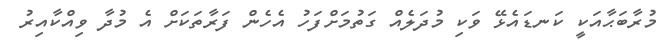
މުރާބަޙާއަކީ ކަނޑައެޅޭ ވަކި މުދަލެއް ގަތުމަށްފަހު އެހެން ފަރާތަކަށް އެ މުދާ ވިއްކާއިރު